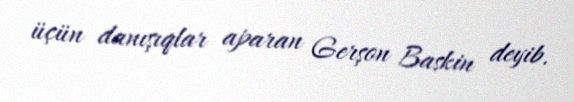
üçün danışıqlar aparan Gerşon Baskin deyib.